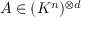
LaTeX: A \in ( K ^ { n } ) ^ { \otimes d }